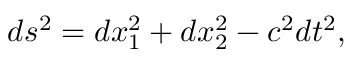
d s ^ { 2 } = d x _ { 1 } ^ { 2 } + d x _ { 2 } ^ { 2 } - c ^ { 2 } d t ^ { 2 } ,